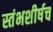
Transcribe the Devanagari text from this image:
स्तंभशीर्षच